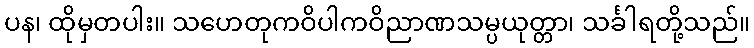
ပန၊ ထိုမှတပါး။ သဟေတုကဝိပါကဝိညာဏသမ္ပယုတ္တာ၊ သင်္ခါရတို့သည်။